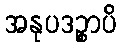
အနုပဒဉ္စာပိ